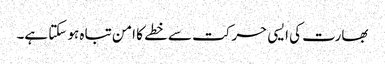
بھارت کی ایسی حرکت سے خطے کا امن تباہ ہو سکتا ہے۔